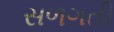
સળગતી